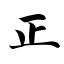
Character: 正